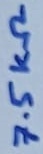
Text: 7.5KΩ